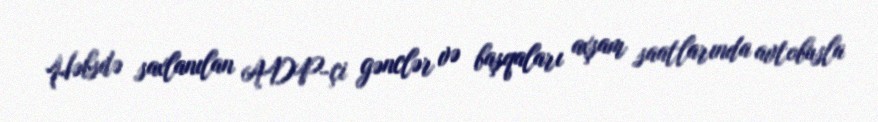
Həbsdə saxlanılan ADP-çi gənclər və başqaları axşam saatlarında avtobusla